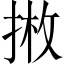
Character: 𱠇